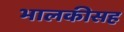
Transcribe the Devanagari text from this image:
भालकीसह